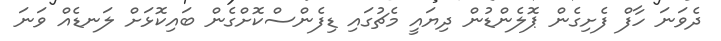
ދެވަނަ ހާފް ފެށިގެން ޕޮލެންޑުން ދިޔައީ މެޗުގައި ޑިފެންސްކޮށްގެން ބައިކޮޅަށް ލަނޑެއް ވަނަ